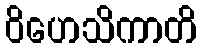
ဝိဟေသိကာတိ